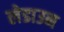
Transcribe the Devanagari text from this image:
लेडाउन